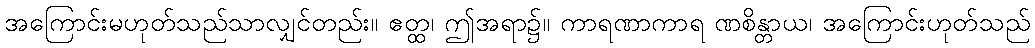
အကြောင်းမဟုတ်သည်သာလျှင်တည်း။ ဧတ္ထ၊ ဤအရာ၌။ ကာရဏာကာရ ဏစိန္တာယ၊ အကြောင်းဟုတ်သည်